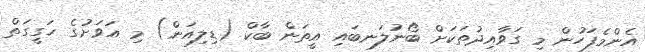
އެންމެފަހުން މި ގަވާއިދުތަކަށް ބޯނުލަނބައި އީތަން ބާކް (ޑިލިއަން) މި އަވަށުގެ ހަގީގަތް